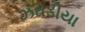
ઝઘડીયા